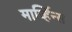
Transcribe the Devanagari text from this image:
मार्व्हिन्स